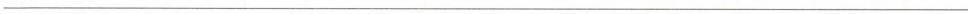
___